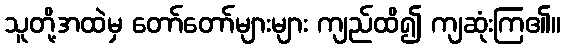
သူတို့အထဲမှ တော်တော်များများ ကျည်ထိ၍ ကျဆုံးကြ၏။